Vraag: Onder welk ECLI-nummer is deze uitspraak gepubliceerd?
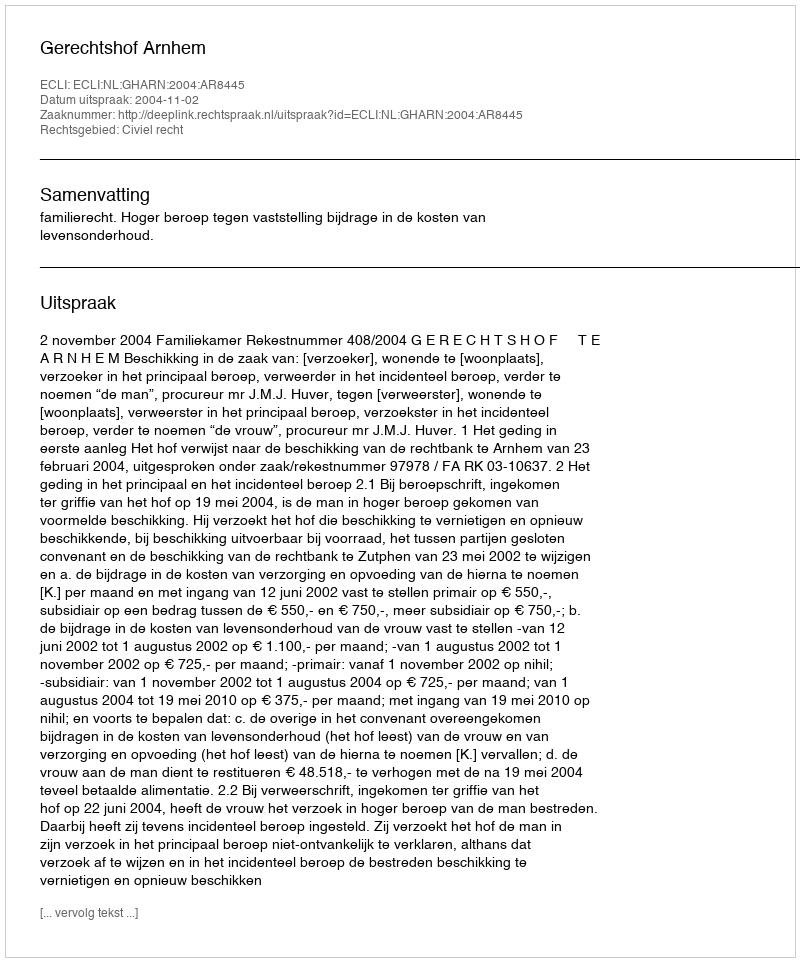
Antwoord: ECLI:NL:GHARN:2004:AR8445